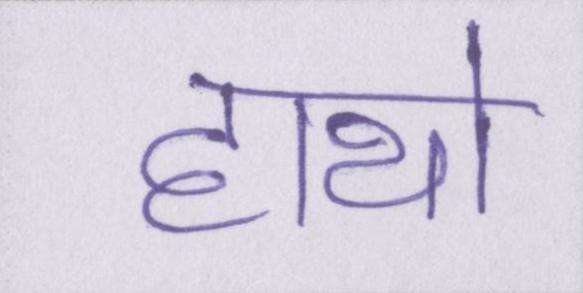
हाथो